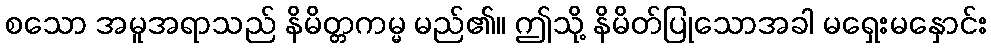
စသော အမူအရာသည် နိမိတ္တကမ္မ မည်၏။ ဤသို့ နိမိတ်ပြုသောအခါ မရှေးမနှောင်း